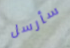
سأرسل